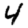
Digit: 4